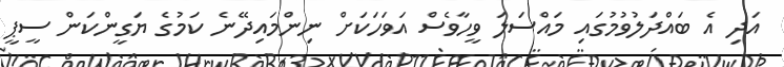
އަދި އެ ބައްދަލުވުމުގައި މައްސަލަ ވީހާވެސް އަވަހަކަށް ނިންމައިދޭނެ ކަމުގެ ޔަގީންކަން ސީޕީ